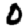
Digit: 0